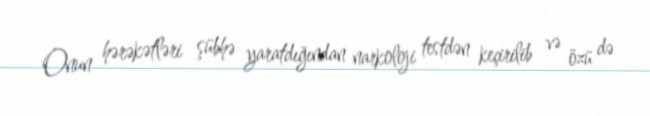
Onun hərəkətləri şübhə yaratdığından narkoloji testdən keçirilib və özü də